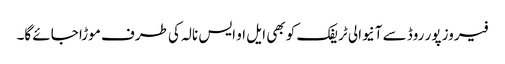
فیروز پور روڈ سے آنیوالی ٹریفک کو بھی ایل او ایس نالہ کی طرف موڑا جائے گا۔